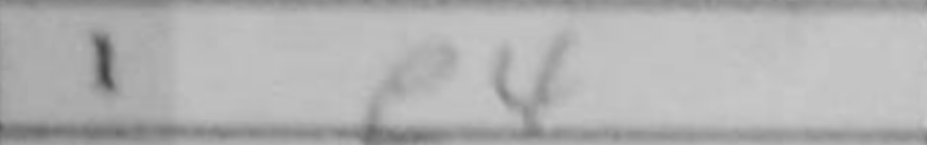
Transcription: e4